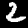
Digit: 2